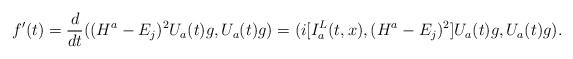
LaTeX: \begin{align*}f'(t)=\frac{d}{dt}((H^a-E_j)^2U_a(t)g,U_a(t)g)=(i[I_a^L(t,x),(H^a-E_j)^2]U_a(t)g,U_a(t)g).\end{align*}